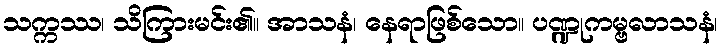
သက္ကဿ၊ သိကြားမင်း၏။ အာသနံ၊ နေရာဖြစ်သော။ ပဏ္ဍုကမ္ဗလာသနံ၊